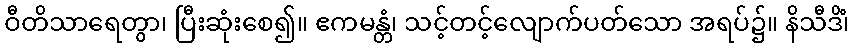
ဝီတိသာရေတွာ၊ ပြီးဆုံးစေ၍။ ဧကမန္တံ၊ သင့်တင့်လျောက်ပတ်သော အရပ်၌။ နိသီဒိံ၊